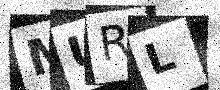
Text: MURL